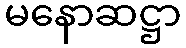
မနောဆဋ္ဌာ